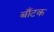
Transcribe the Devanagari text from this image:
बाँटक